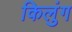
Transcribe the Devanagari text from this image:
किलुंग